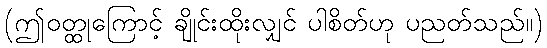
(ဤဝတ္ထုကြောင့် ချိုင်းထိုးလျှင် ပါစိတ်ဟု ပညတ်သည်။)